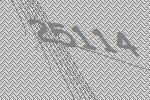
25114